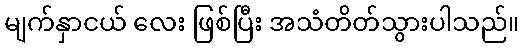
မျက်နှာငယ် လေး ဖြစ်ပြီး အသံတိတ်သွားပါသည်။